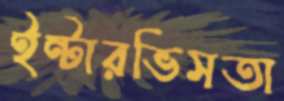
ইন্টারভিসতা